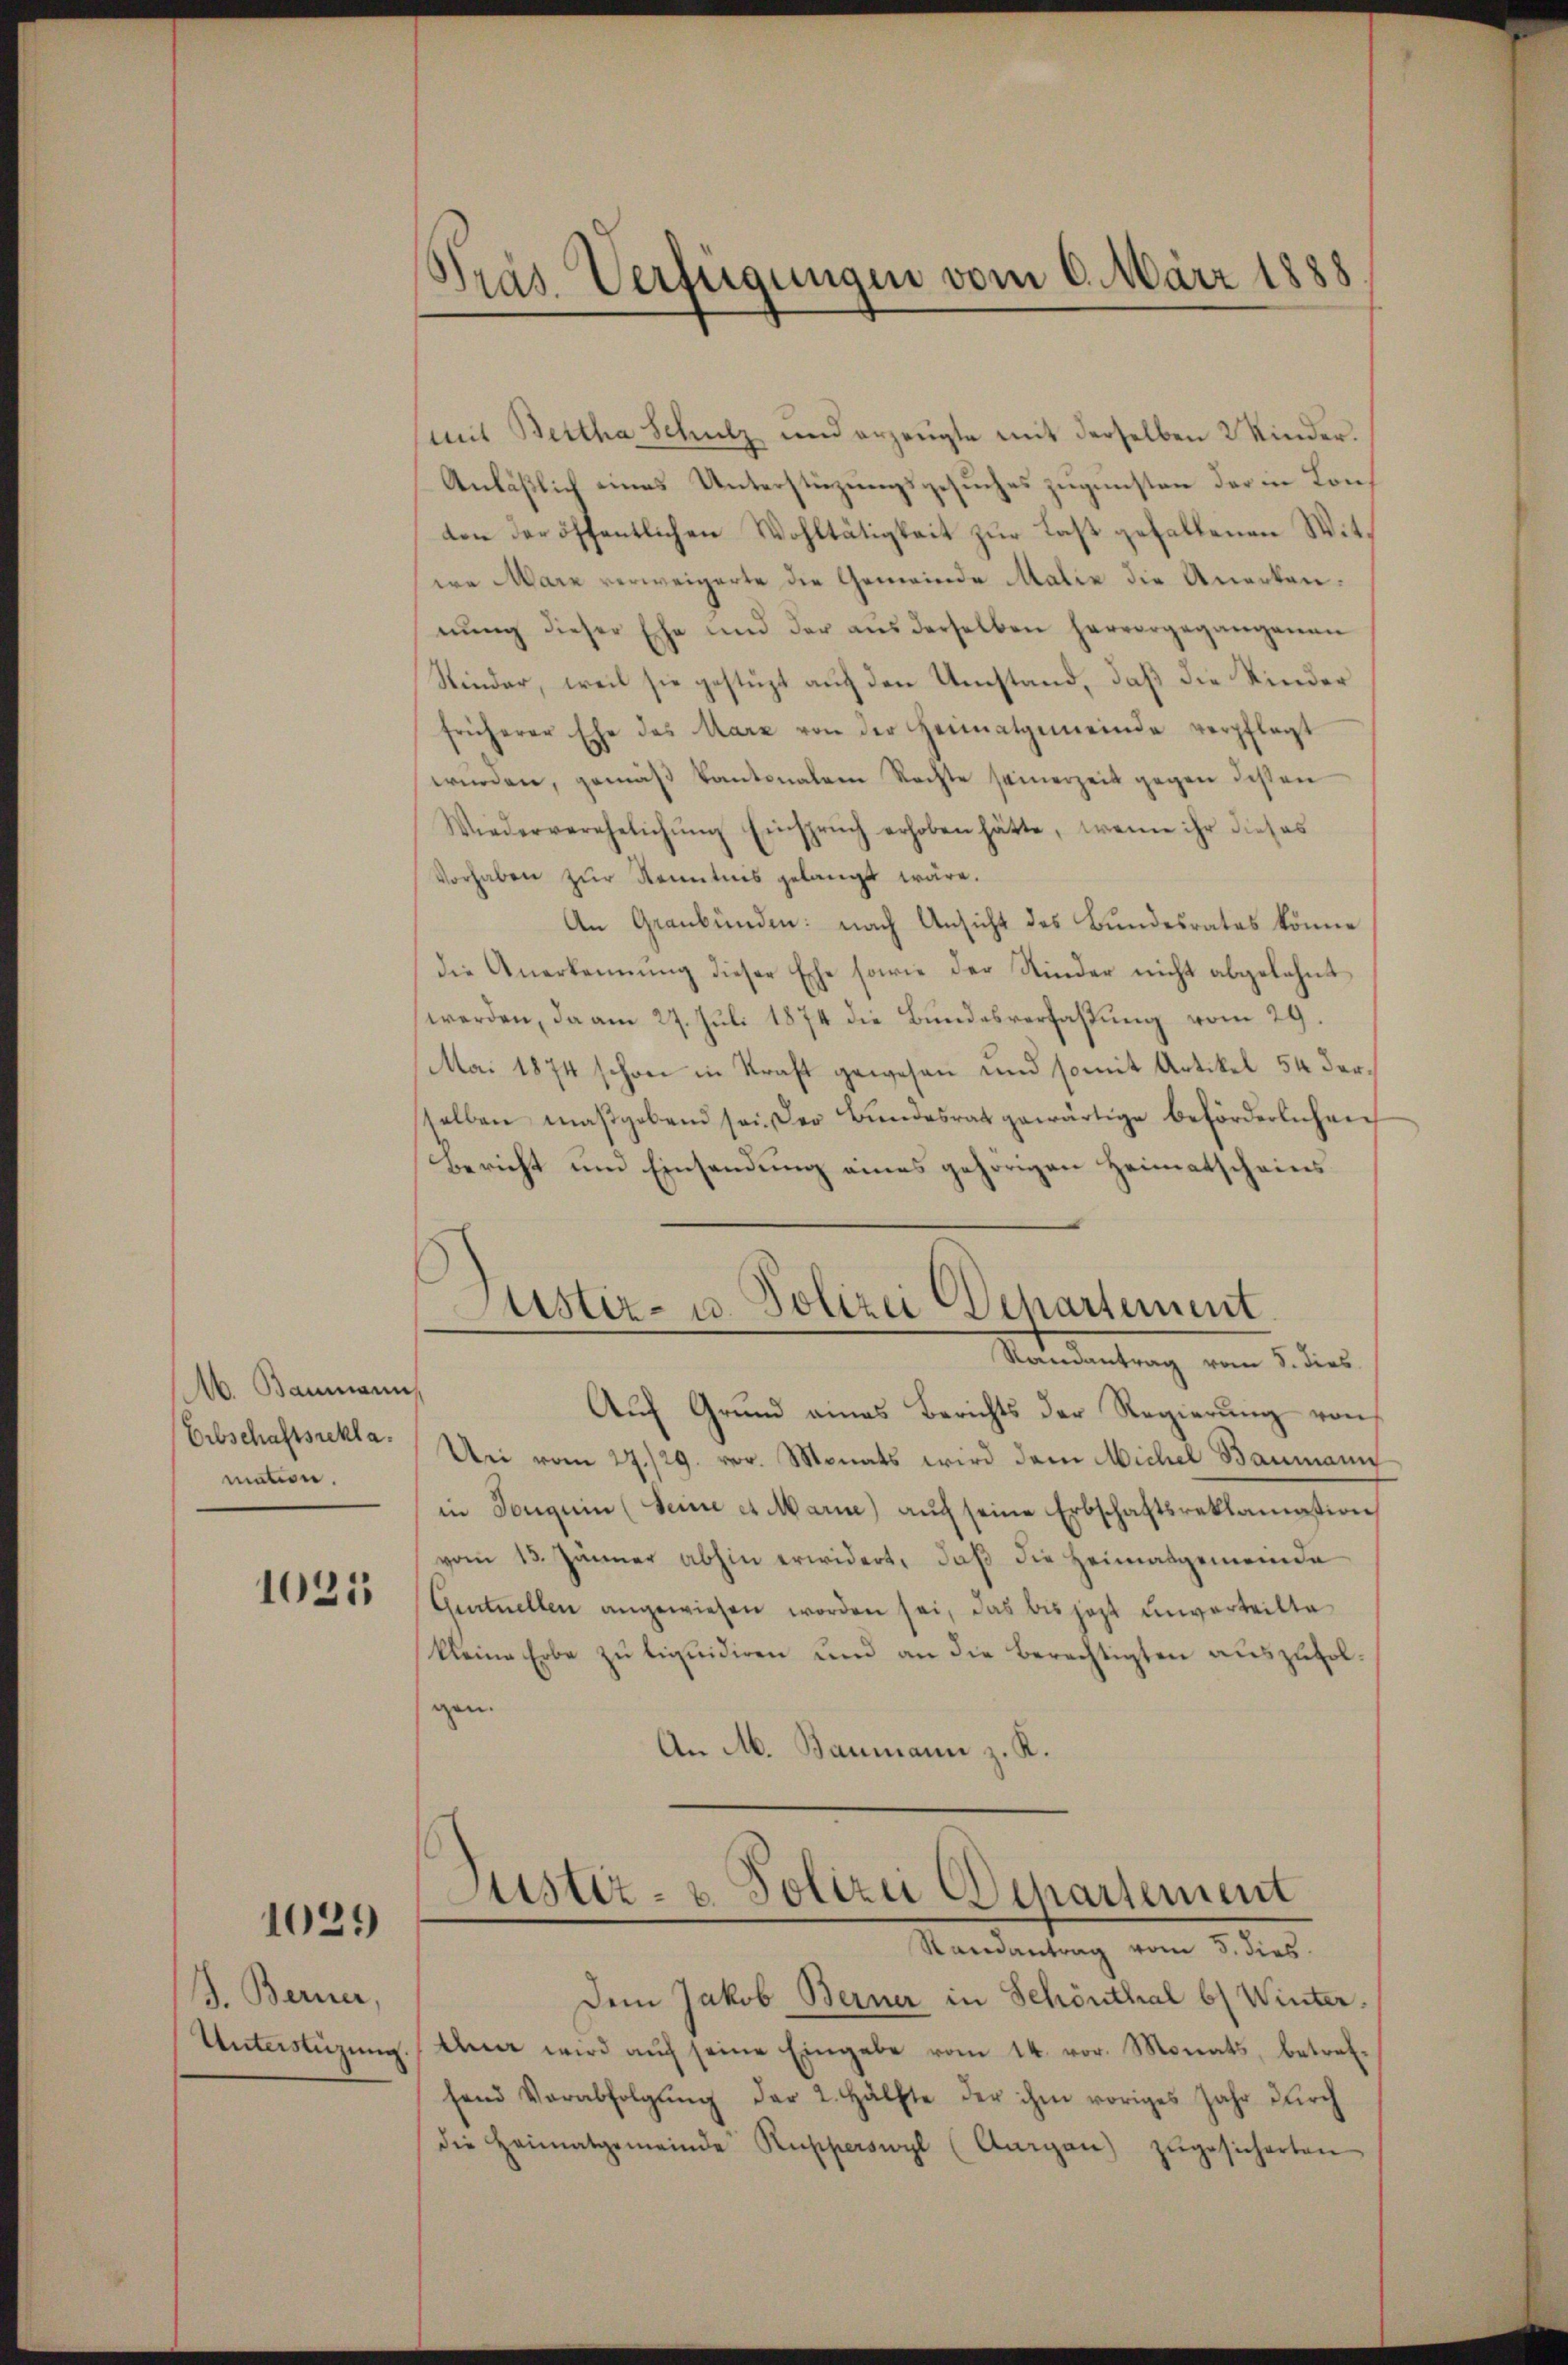
16. Baumann
Erbschaftsrekla
mation.

1021

1021)

J. Berner,
Unterstüzung

Präs. Verfügungen vom 6. März 1888

(mit Bertha Schulz und erzeugte mit derselben 2 Kinder.
Anläßlich eines Unterstüzungsgesuches zugunsten der in Lonten der öffentlichen Wohltätigkeit zur Last gefallenen Witwa Marz verweigerte die Gemeinde Malie die Unerkannŭng dieser Ehe und der aŭs derselben hervorgegangenen
Rinder, weil sie gestüzt auf den Umstand, daß die Kinder
früherer Ehe des Marz von der Heimatgemeinde verpflegt
würden, gemäß Kantonalem Rechte seinerzeit gegen dessen
Wiederverehelichŭng Einsprŭch erhoben hätte, wenn ihr dieses
Vorhaben zŭr Kenntnis gelangt wäre.
An Graubünden: nach Ansicht des Bundesrates könne
die Anerkennung dieser Esche sowie der Kinder nicht abgelehnt
werden, da am 27. Juli 1874 die Bundesverfaßung vom 29.
Mai 1874 schon in Kraft gewesen und somit Artikel 54 derselben maßgebend sei der Bundesrat gewärtige beförderlichen
Bericht und Einsendung eines gehörigen Heimatscheins
Justiz- u. Polizei Departement.
Randantrag vom 8. dies
Auf Grund eines Berichts der Regierŭng von
Uri vom 27./29. vor. Monats wird dem Michel Baumann
in Tonguin (Seine et Marie) aŭch seine Erbschaftsreklamation
vom 13. Jänner abhin erwidert, daß die Heimatgemeinde
Gentuellen angewiesen worden sei, das bis jezt unverteilte
kleine Erbe zu liquidiren und an die Berechtigten auszufolgen.
An M. Baumann z. K.

Justiz- & Polizei Departement
Randantrag vom 5. dies

Dem Jakob Berner in Schönthal b Winter¬
Ana wird aŭf seine Eingabe vom 14. vor. Monats, betref-
hend Verabfolgŭng der 2. Hälfte der ihm voriges Jahr dŭrch
die Heimatgemeinde Rupperswyl (Curgau) zŭgesicherten